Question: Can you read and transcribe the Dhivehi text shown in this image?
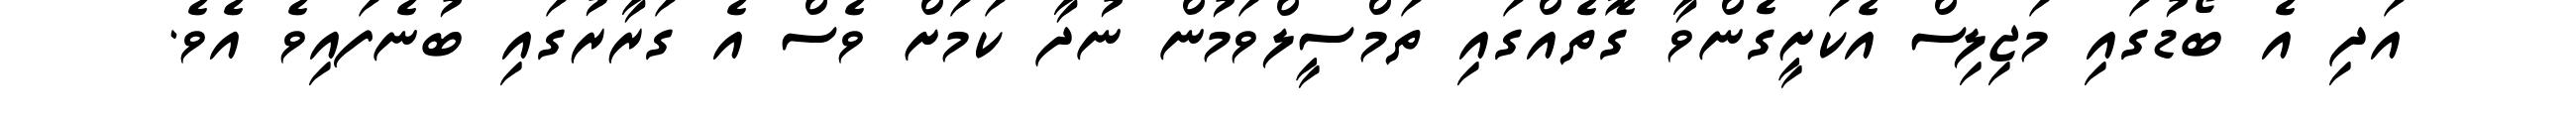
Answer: އަދި އެ ބޯޑުގައި މަޖިލިސް އެކަށީގެންވާ ގޮތެއްގައި ތަމްސީލްވަމުން ނުދާ ކަމަށް ވެސް އެ ގަރާރުގައި ބުނެފައިވެ އެވެ.